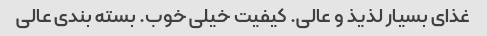
غذای بسیار لذیذ و عالی. کیفیت خیلی خوب. بسته بندی عالی